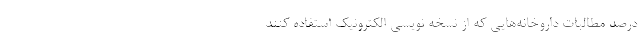
درصد مطالبات داروخانه‌هایی که از نسخه نویسی الکترونیک استفاده کنند